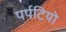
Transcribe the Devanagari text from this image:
पर्पटियो